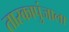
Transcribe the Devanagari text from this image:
तारकापुंजाला